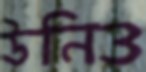
উনিও